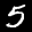
Label: 5